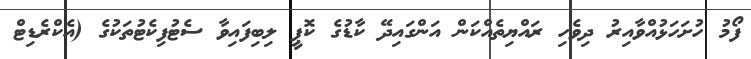
ފޯމު ހުށަހަޅުއްވާއިރު ދިވެހި ރައްޔިތެއްކަން އަންގައިދޭ ކާޑުގެ ކޮޕީ ލިބިފައިވާ ސެޓުފިކެޓުތަކުގެ (އެކްރެޑިޓް